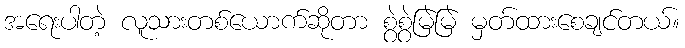
အရေးပါတဲ့ လူသားတစ်ယောက်ဆိုတာ စွဲစွဲမြဲမြဲ မှတ်ထားစေချင်တယ်။